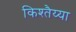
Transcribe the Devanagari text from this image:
किश्तैय्या